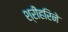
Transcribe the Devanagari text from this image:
श्रीहरिने